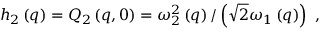
h _ { 2 } \left( q \right) = Q _ { 2 } \left( q , 0 \right) = \omega _ { 2 } ^ { 2 } \left( q \right) / \left( \sqrt { 2 } \omega _ { 1 } \left( q \right) \right) \ ,